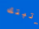
رتبتك